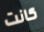
كانت